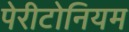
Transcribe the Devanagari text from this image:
पेरीटोनियम